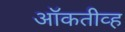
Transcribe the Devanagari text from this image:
ऑकतीव्ह